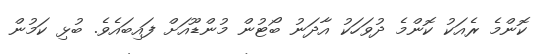
ކޮންމެ ރެއަކު ކޮންމެ ދުވަހަކު އާދަނު ބޯޓުން މުންޑޫއަށް ފައިބައެވެ. ބުޅި ކަމުން